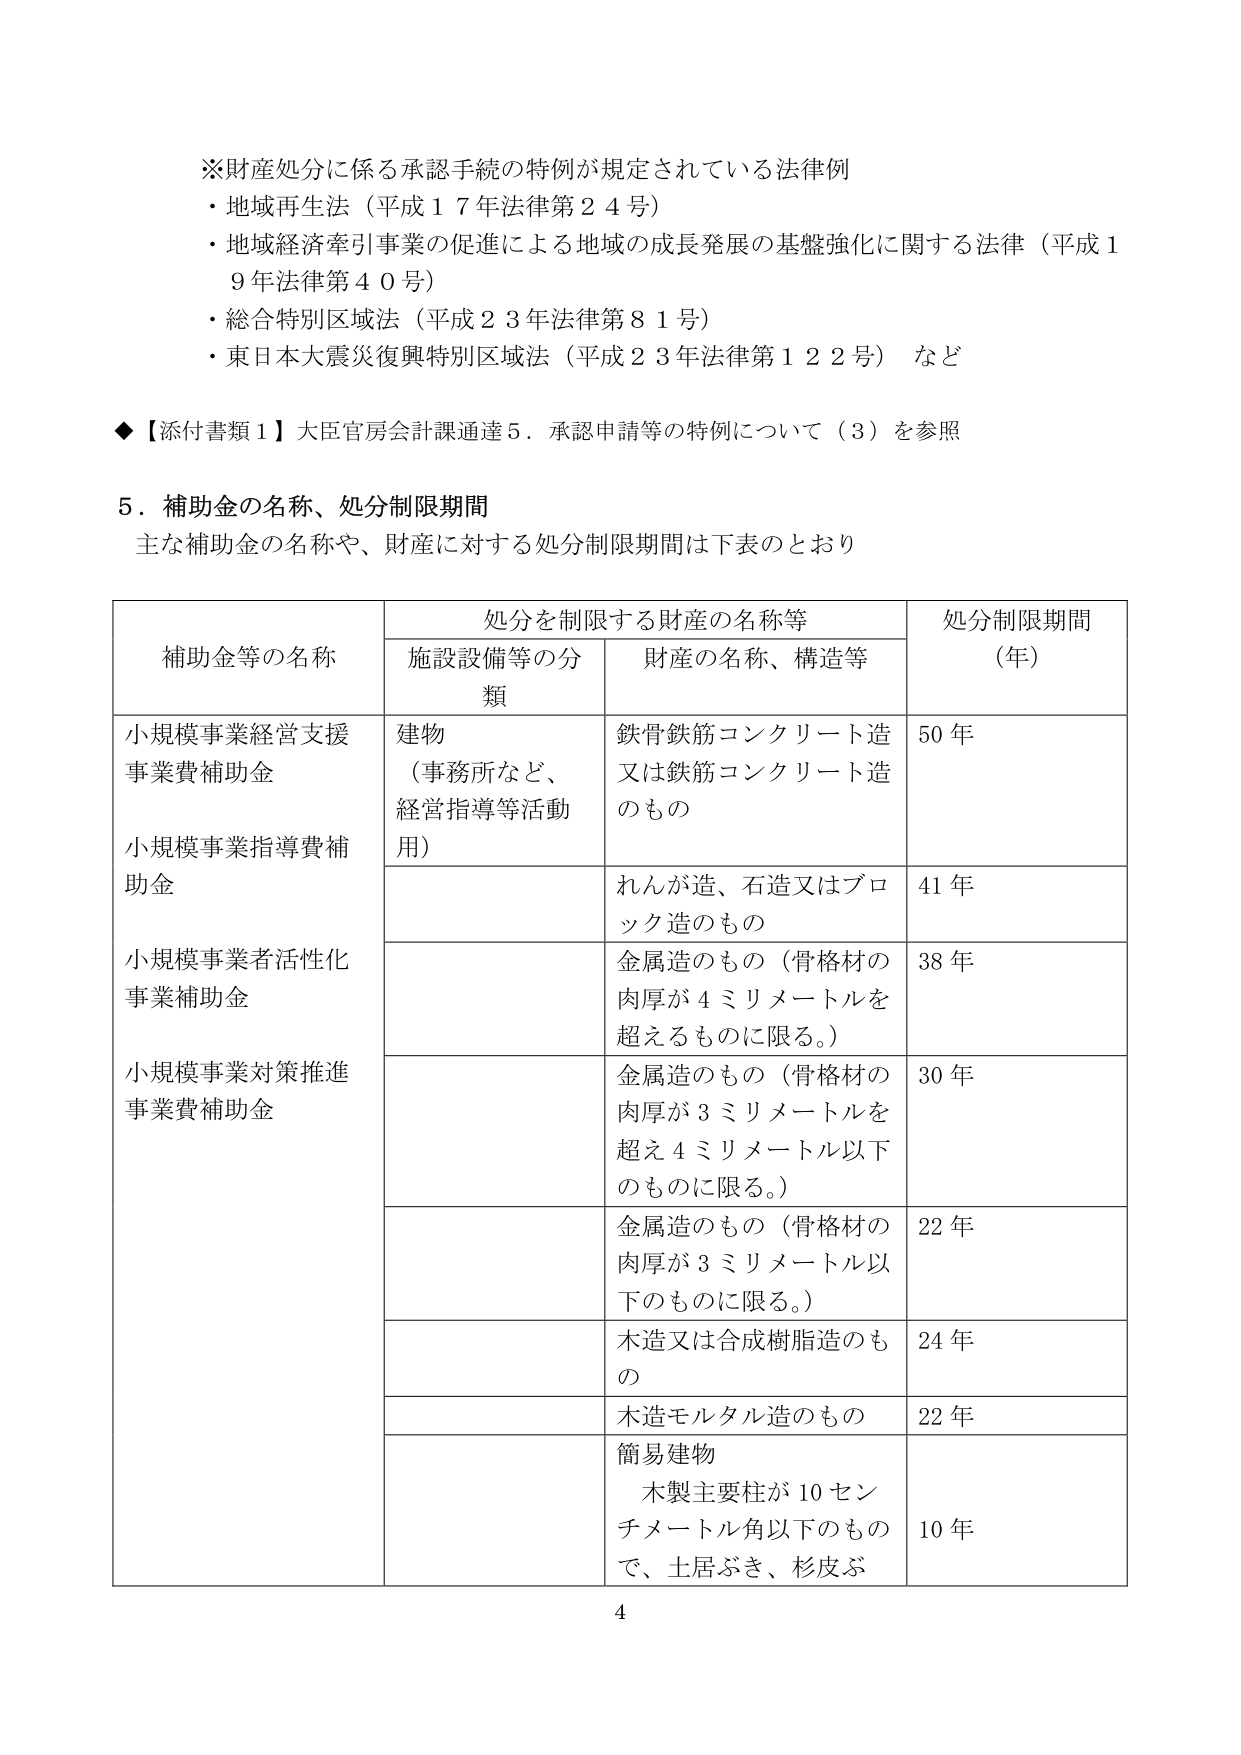
※財産処分に係る承認手続の特例が規定されている法律例
・地域再生法（平成１７年法律第２４号）
・地域経済牽引事業の促進による地域の成長発展の基盤強化に関する法律（平成１９年法律第４０号）
・総合特別区域法（平成２３年法律第８１号）
・東日本大震災復興特別区域法（平成２３年法律第１２２号） など

◆【添付書類１】大臣官房会計課通達５．承認申請等の特例について（３）を参照

５．補助金の名称、処分制限期間
主な補助金の名称や、財産に対する処分制限期間は下表のとおり

| 補助金等の名称 | 処分を制限する財産の名称等 | 処分制限期間（年） |
|----------------|-----------------------------|---------------------|
|                | 施設設備等の分類            |                     |
|                | 財産の名称、構造等          |                     |
| 小規模事業経営支援事業費補助金<br>小規模事業指導費補助金<br>小規模事業者活性化事業補助金<br>小規模事業対策推進事業費補助金 | 建物<br>（事務所など、経営指導等活動用） | 鉄骨鉄筋コンクリート造又は鉄筋コンクリート造のもの | 50年 |
|                |                             | れんが造、石造又はブロック造のもの | 41年 |
|                |                             | 金属造のもの（骨格材の肉厚が４ミリメートルを超えるものに限る。） | 38年 |
|                |                             | 金属造のもの（骨格材の肉厚が３ミリメートルを超え４ミリメートル以下のものに限る。） | 30年 |
|                |                             | 金属造のもの（骨格材の肉厚が３ミリメートル以下のものに限る。） | 22年 |
|                |                             | 木造又は合成樹脂造のもの | 24年 |
|                |                             | 木造モルタル造のもの | 22年 |
|                |                             | 簡易建物<br>木製主要柱が１０センチメートル角以下のもので、土居ぶき、杉皮ぶ | 10年 |

4